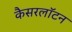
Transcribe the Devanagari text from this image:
कैसरलॉटन